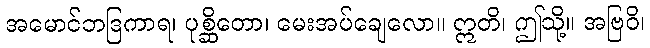
အမောင်ဘဒြကာရ၊ ပုစ္ဆိတော၊ မေးအပ်ချေလော။ ဣတိ၊ ဤသို့။ အဗြဝိ၊